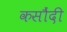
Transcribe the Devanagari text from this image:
कसौंदी